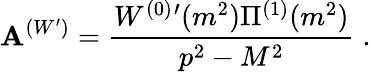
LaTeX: {\cal\mathbf{A}}^{(W^{\prime})}=\frac{{W^{(0)}{}^{\prime}(m^{2})\Pi^{(1)}(m^{2})}}{{p^{2}-M^{2}}}\; .